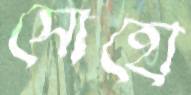
সোহো